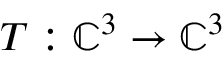
T : \mathbb { C } ^ { 3 } \to \mathbb { C } ^ { 3 }